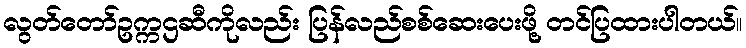
လွတ်တော်ဥက္ကဌဆီကိုလည်း ပြန်လည်စစ်ဆေးပေးဖို့ တင်ပြထားပါတယ်။